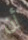
أن